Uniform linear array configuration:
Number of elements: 16
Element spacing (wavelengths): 0.5
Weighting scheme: hamming
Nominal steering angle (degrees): -15
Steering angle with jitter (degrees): -13.511
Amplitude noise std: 0.05
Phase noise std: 0.05

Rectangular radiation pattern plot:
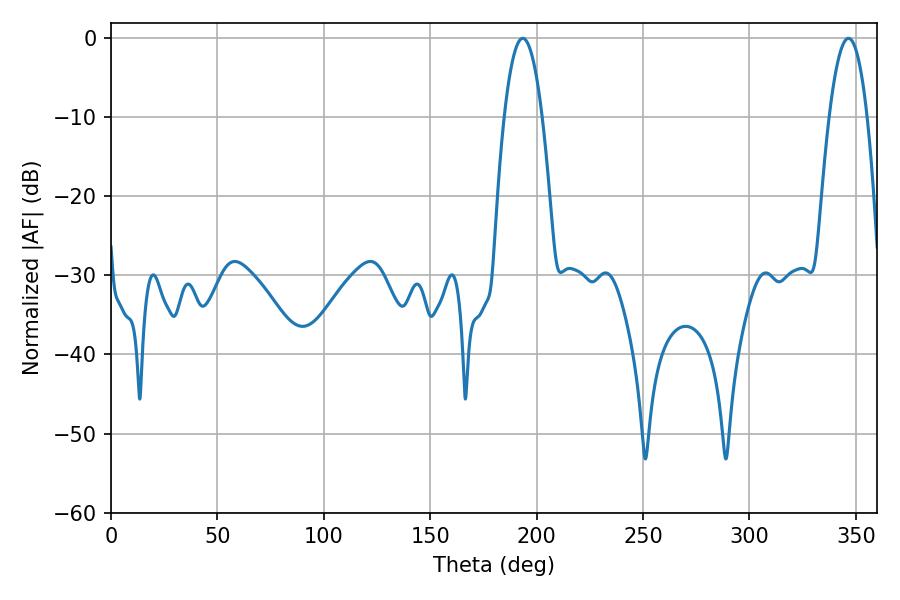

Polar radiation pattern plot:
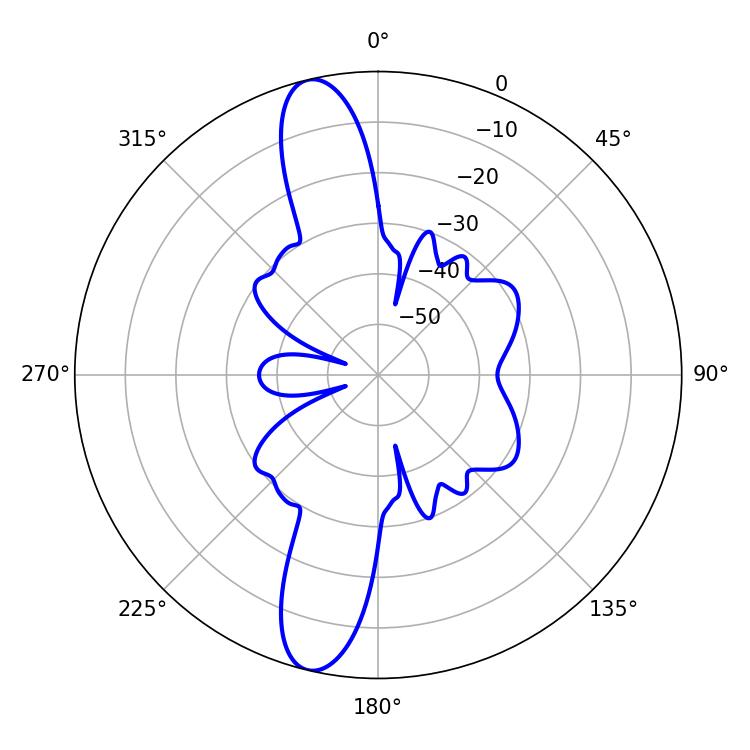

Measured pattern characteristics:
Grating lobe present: FALSE
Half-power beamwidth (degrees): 9.9
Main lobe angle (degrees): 193.5